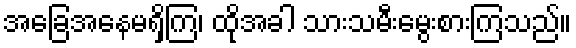
အခြေအနေမရှိကြ၊ ထိုအခါ သားသမီးမွေးစားကြသည်။